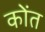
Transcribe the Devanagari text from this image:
कोंत